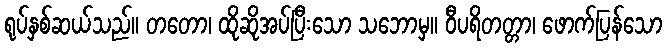
ရုပ်နှစ်ဆယ်သည်။ တတော၊ ထိုဆိုအပ်ပြီးသော သဘောမှ။ ဝီပရိတတ္တာ၊ ဖောက်ပြန်သော